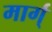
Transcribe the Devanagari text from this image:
मार्ग्